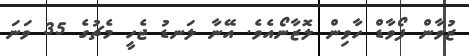
ޒުވާން ފޯވާޑް ހާވިން ލޮޒާނޯއެވެ. އޭނާ ލަނޑު ޖެހީ މެޗުގެ 35 ވަނަ